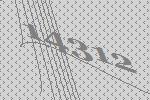
14312